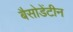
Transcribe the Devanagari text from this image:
बैसोडेंटीन